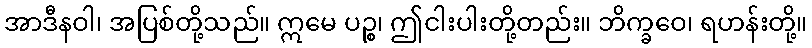
အာဒီနဝါ၊ အပြစ်တို့သည်။ ဣမေ ပဉ္စ၊ ဤငါးပါးတို့တည်း။ ဘိက္ခဝေ၊ ရဟန်းတို့။